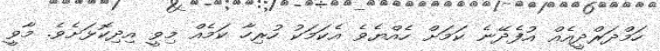
ހަމްދަރްދީއެއް އުފެދޭނެ ކަމަށް ހެއްޔެވެ އެކަމަކު ހުރިހާ ކަމެއް މިވީ އިދިކޮޅަށެވެ. މާވީ